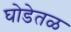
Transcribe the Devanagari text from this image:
घोडेतळ